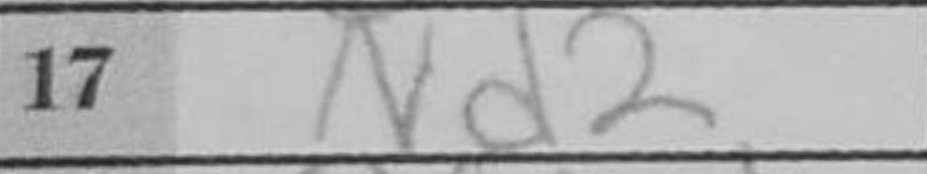
Transcription: Nd2